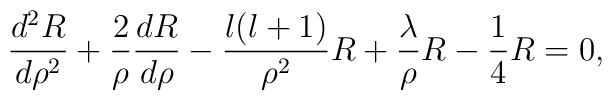
\frac{d^2R}{d\rho^2}+\frac{2}{\rho}\frac{dR}{d\rho}-\frac{l(l+1)}{\rho^2}R+ \frac{\lambda}{\rho}R - \frac{1}{4}R = 0,